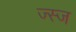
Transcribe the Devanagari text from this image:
ज्स्ज